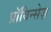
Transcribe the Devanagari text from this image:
प्राॅविन्सेज़